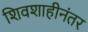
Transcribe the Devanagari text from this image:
शिवशाहीनंतर